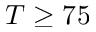
T \ge 7 5